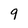
Character: 9